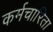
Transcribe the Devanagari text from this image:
कर्मचारिता